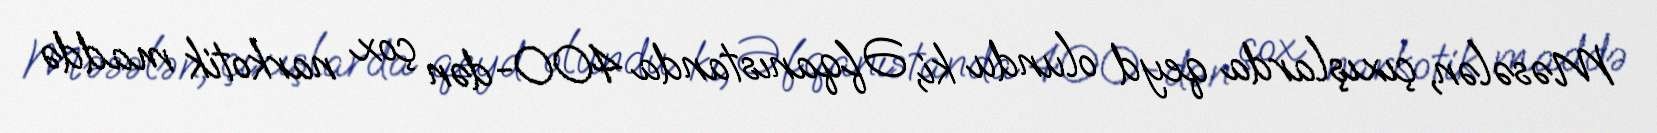
Məsələn, çıxışlarda qeyd olundu ki, Əfqanıstanda 400-dən çox narkotik maddə